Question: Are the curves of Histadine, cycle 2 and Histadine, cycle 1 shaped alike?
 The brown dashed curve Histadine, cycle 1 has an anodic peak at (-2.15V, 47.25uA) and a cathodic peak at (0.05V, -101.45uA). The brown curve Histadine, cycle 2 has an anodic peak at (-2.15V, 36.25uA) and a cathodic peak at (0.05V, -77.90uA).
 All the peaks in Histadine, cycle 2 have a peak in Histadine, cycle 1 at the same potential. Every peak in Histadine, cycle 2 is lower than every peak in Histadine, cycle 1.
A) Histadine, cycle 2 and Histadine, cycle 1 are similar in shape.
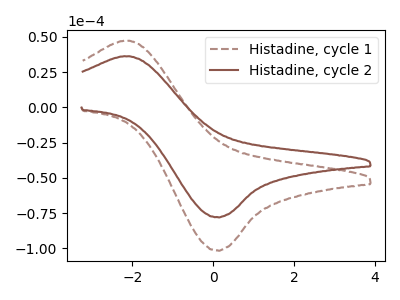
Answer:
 <answer>A) "Histadine, cycle 2" and "Histadine, cycle 1" are similar in shape.</answer>
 <eval>A</eval>